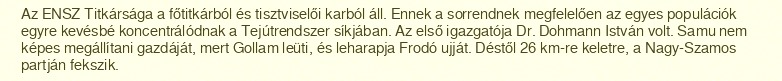
Az ENSZ Titkársága a főtitkárból és tisztviselői karból áll. Ennek a sorrendnek megfelelően az egyes populációk egyre kevésbé koncentrálódnak a Tejútrendszer síkjában. Az első igazgatója Dr. Dohmann István volt. Samu nem képes megállítani gazdáját, mert Gollam leüti, és leharapja Frodó ujját. Déstől 26 km-re keletre, a Nagy-Szamos partján fekszik.